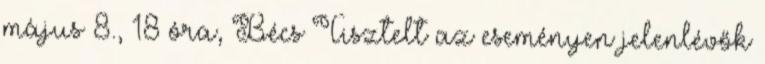
május 8., 18 óra, Bécs Tisztelt az eseményen jelenlévők